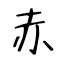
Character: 赤